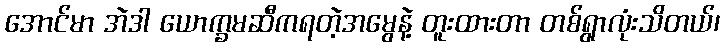
အောင်မာ အဲဒါ ယောက္ခမဆီကရတဲ့အမွေနဲ့ တူးထားတာ တစ်ရွာလုံးသိတယ်၊